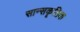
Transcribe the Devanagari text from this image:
सान्सकृतिक